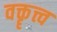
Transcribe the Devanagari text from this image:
वक्तॄत्त्व